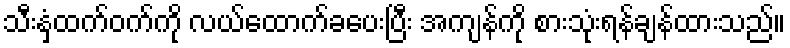
သီးနှံထက်ဝက်ကို လယ်ထောက်ခပေးပြီး အကျန်ကို စားသုံးရန်ချန်ထားသည်။